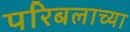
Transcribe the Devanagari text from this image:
परिबलाच्या